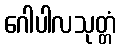
ဂေါပါလသုတ္တံ